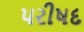
પરીષદ